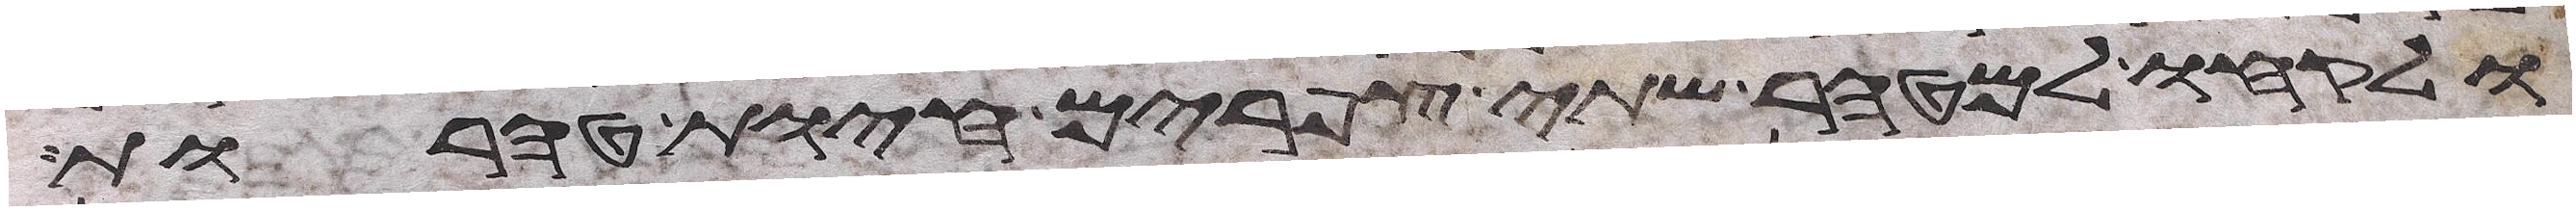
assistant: ולקחו למטהר שתי צפורים חיות טהרות